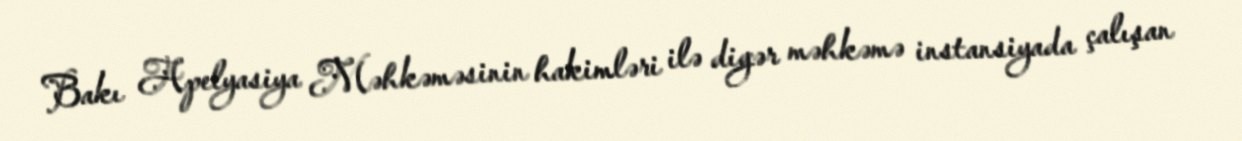
Bakı Apelyasiya Məhkəməsinin hakimləri ilə digər məhkəmə instansiyada çalışan